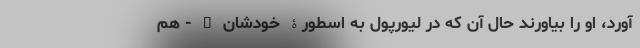
آورد، او را بیاورند حال آن که در لیورپول به اسطورۀ خودشان – - هم